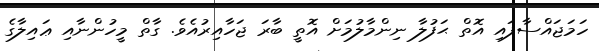
ހަމަޖައްސާފައި އޮތް ޙަފުލާ ނިންމާލުމަށް އޮތީ ބާރަ ޖަހާއިރުއެވެ. ގާތް މީހުންނާއި ޢައިލާގެ